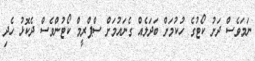
ނަމަވެސް ދަށު ކޯޓުގެ ހުކުމަށް ބަދަލެއް ގެނައުމަށް ސްޕްރީމް ކޯޓުންވެސް ދެކޮޅު ހެދި